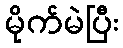
မိုက်မဲပြီး